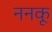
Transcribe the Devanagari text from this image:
ननकू